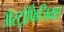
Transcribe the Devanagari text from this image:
अॅस्ट्रोफिजिक्स